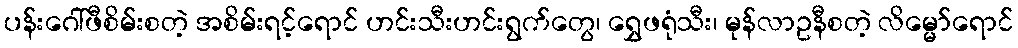
ပန်းဂေါ်ဖီစိမ်းစတဲ့ အစိမ်းရင့်ရောင် ဟင်းသီးဟင်းရွက်တွေ၊ ရွှေဖရုံသီး၊ မုန်လာဥနီစတဲ့ လိမ္မော်ရောင်